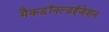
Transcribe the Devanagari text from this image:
मैकडॉनल्डईजेशन